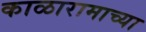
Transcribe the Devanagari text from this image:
काळारामाच्या